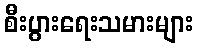
စီးပွားရေးသမားများ